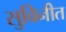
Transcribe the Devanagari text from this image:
सुविनीत